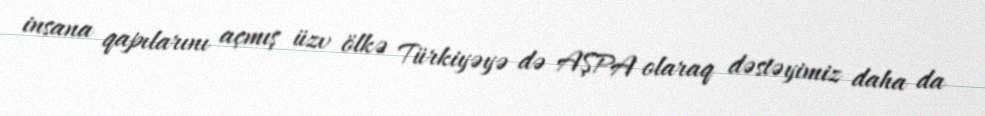
insana qapılarını açmış üzv ölkə Türkiyəyə də AŞPA olaraq dəstəyimiz daha da